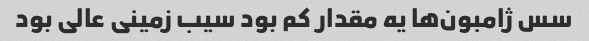
سس ژامبون‌ها یه مقدار کم بود سیب زمینی عالی بود